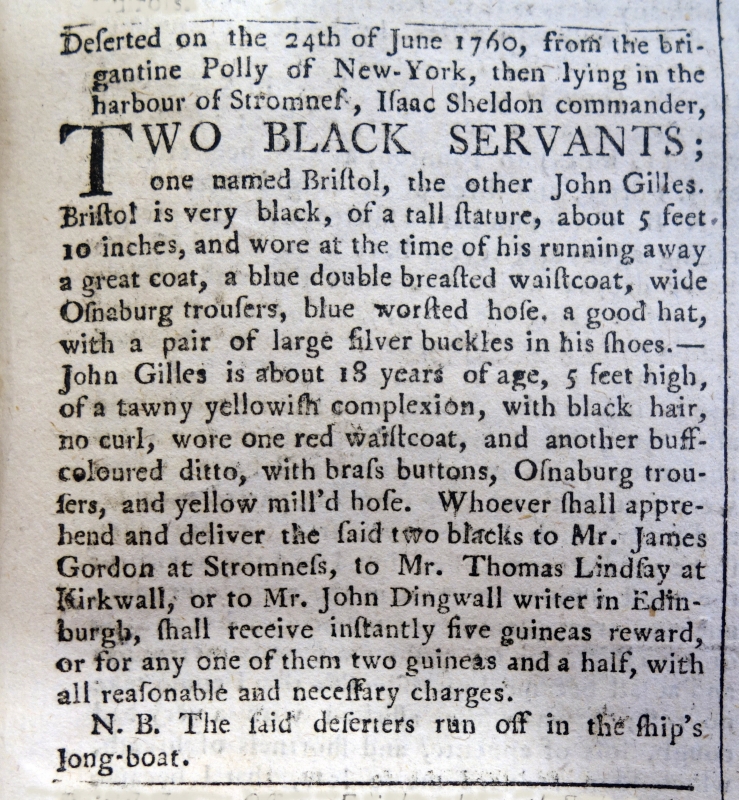
Edinburgh Evening Courant, 23 July 1760 (Scotland)
Deserted on the 24th of June 1760, from the brigantine Polly of New-York, then lying in the harbour of Stromness, Isaac Sheldon commander, TWO BLACK SERVANTS;one named Bristol, the other John Gilles. Bristol is very black, of a tall stature, about 5 feet 10 inches, and wore at the time of his running away a great coat, a blue double breasted waistcoat, wide Osnaburg trousers, blue worsted hose, a good hat, with a pair of large silver buckles in his shoes. - John Gilles is about 18 years of age, 5 feet high, of a tawny yellowish complexion, with black hair, no curl, wore one red waistcoat, and another buff-coloured ditto, with brass buttons, Osnaburg trousers, and yellow mill’d hose. Whoever shall apprehend and deliver the said two blacks to Mr. James Gordon at Stromness, to Mr. Thomas Lindsay at Kirkwall, or to Mr. John Dingwall writer in Edinburgh, shall receive instantly five guineas reward, or for any one of them two guineas and a half, with all reasonable and necessary charges.   N.B. The said deserters ran off in the ship’s long-boat.